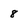
Character: 8